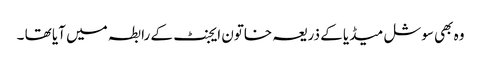
وہ بھی سوشل میڈیا کے ذریعہ خاتون ایجنٹ کے رابطہ میں آیا تھا ۔